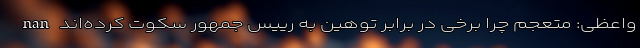
nan واعظی: متعجم چرا برخی در برابر توهین به رییس جمهور سکوت کرده‌اند